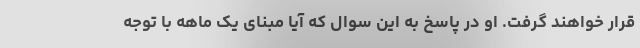
قرار خواهند گرفت. او در پاسخ به این سوال که آیا مبنای یک ماهه با توجه